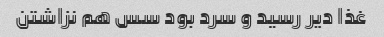
غذا دیر رسید و سرد بود سس هم نزاشتن